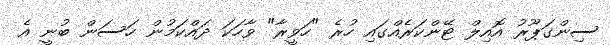
ސިންގަޕޫރު އޮއިލް ޓޭންކަރެއްގައި ހުރެ "ހަވީރާ" ވާހަކަ ދައްކަމުން ހަސަން ބުނީ އެ